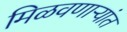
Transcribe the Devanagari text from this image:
मिळवणाऱ्यांत